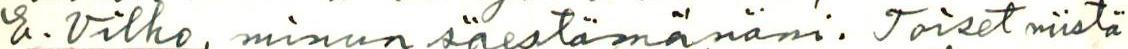
E. Vilho, minun säestämänäni. Toiset niistä